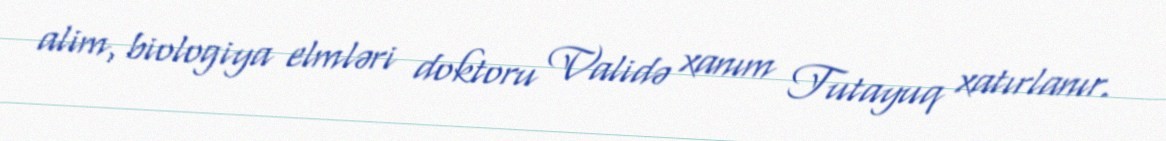
alim, biologiya elmləri doktoru Validə xanım Tutayuq xatırlanır.